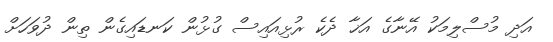
އަދި މުސްލިމަކު އޭނާގެ އަޚާ ދެކެ ރުޅިއައިސް ގުޅުން ކަނޑައިގެން ތިން ދުވަހަށް